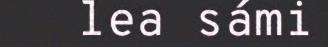
lea sámi